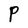
Character: P